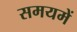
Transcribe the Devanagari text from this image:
समयमें